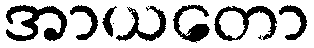
အာယတော